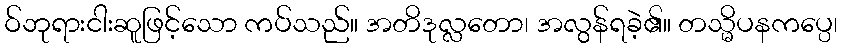
ဝ်ဘုရားငါးဆူဖြင့်သော ကပ်သည်။ အတိဒုလ္လတော၊ အလွန်ရခဲ့၏။ တသ္မိပနကပ္ပေ၊